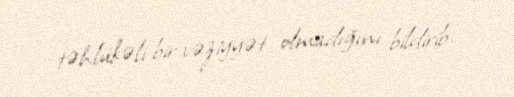
təhlükəli bir vəziyyət olmadığını bildirib.